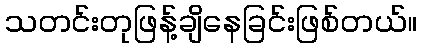
သတင်းတုဖြန့်ချိနေခြင်းဖြစ်တယ်။